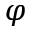
\varphi